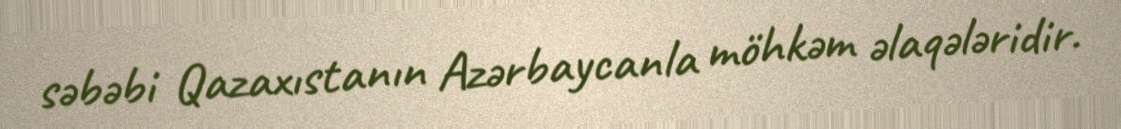
səbəbi Qazaxıstanın Azərbaycanla möhkəm əlaqələridir.